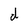
Character: d